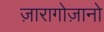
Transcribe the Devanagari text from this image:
ज़ारागोज़ानो